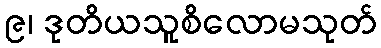
၉၊ ဒုတိယသူစိလောမသုတ်